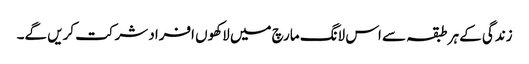
زندگی کے ہر طبقہ سے اس لانگ مارچ میں لاکھوں افراد شرکت کریں گے۔